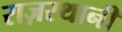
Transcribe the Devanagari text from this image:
राज़स्थानी